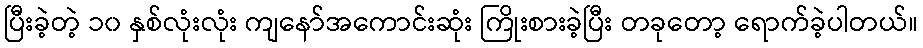
ပြီးခဲ့တဲ့ ၁၀ နှစ်လုံးလုံး ကျနော်အကောင်းဆုံး ကြိုးစားခဲ့ပြီး တခုတော့ ရောက်ခဲ့ပါတယ်။